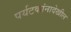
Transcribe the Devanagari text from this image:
पर्यटकांनादेखील